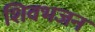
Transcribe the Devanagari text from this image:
शिवभजन